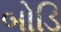
બોડિ